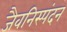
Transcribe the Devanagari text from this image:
जैवनिस्पंदन